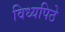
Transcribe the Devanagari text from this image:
विध्यपिठे